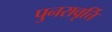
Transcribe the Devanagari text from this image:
पुनरावृर्त्ति